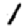
Digit: 1